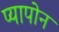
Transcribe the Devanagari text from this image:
प्यापोन